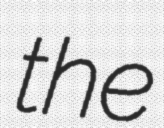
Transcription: the